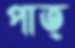
পাত্